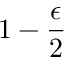
1 - { \frac { \epsilon } { 2 } }